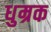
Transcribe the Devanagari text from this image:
धुम्रक